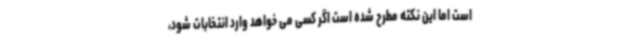
است اما این نکته مطرح شده است اگر کسی می خواهد وارد انتخابات شود،